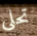
تحلى